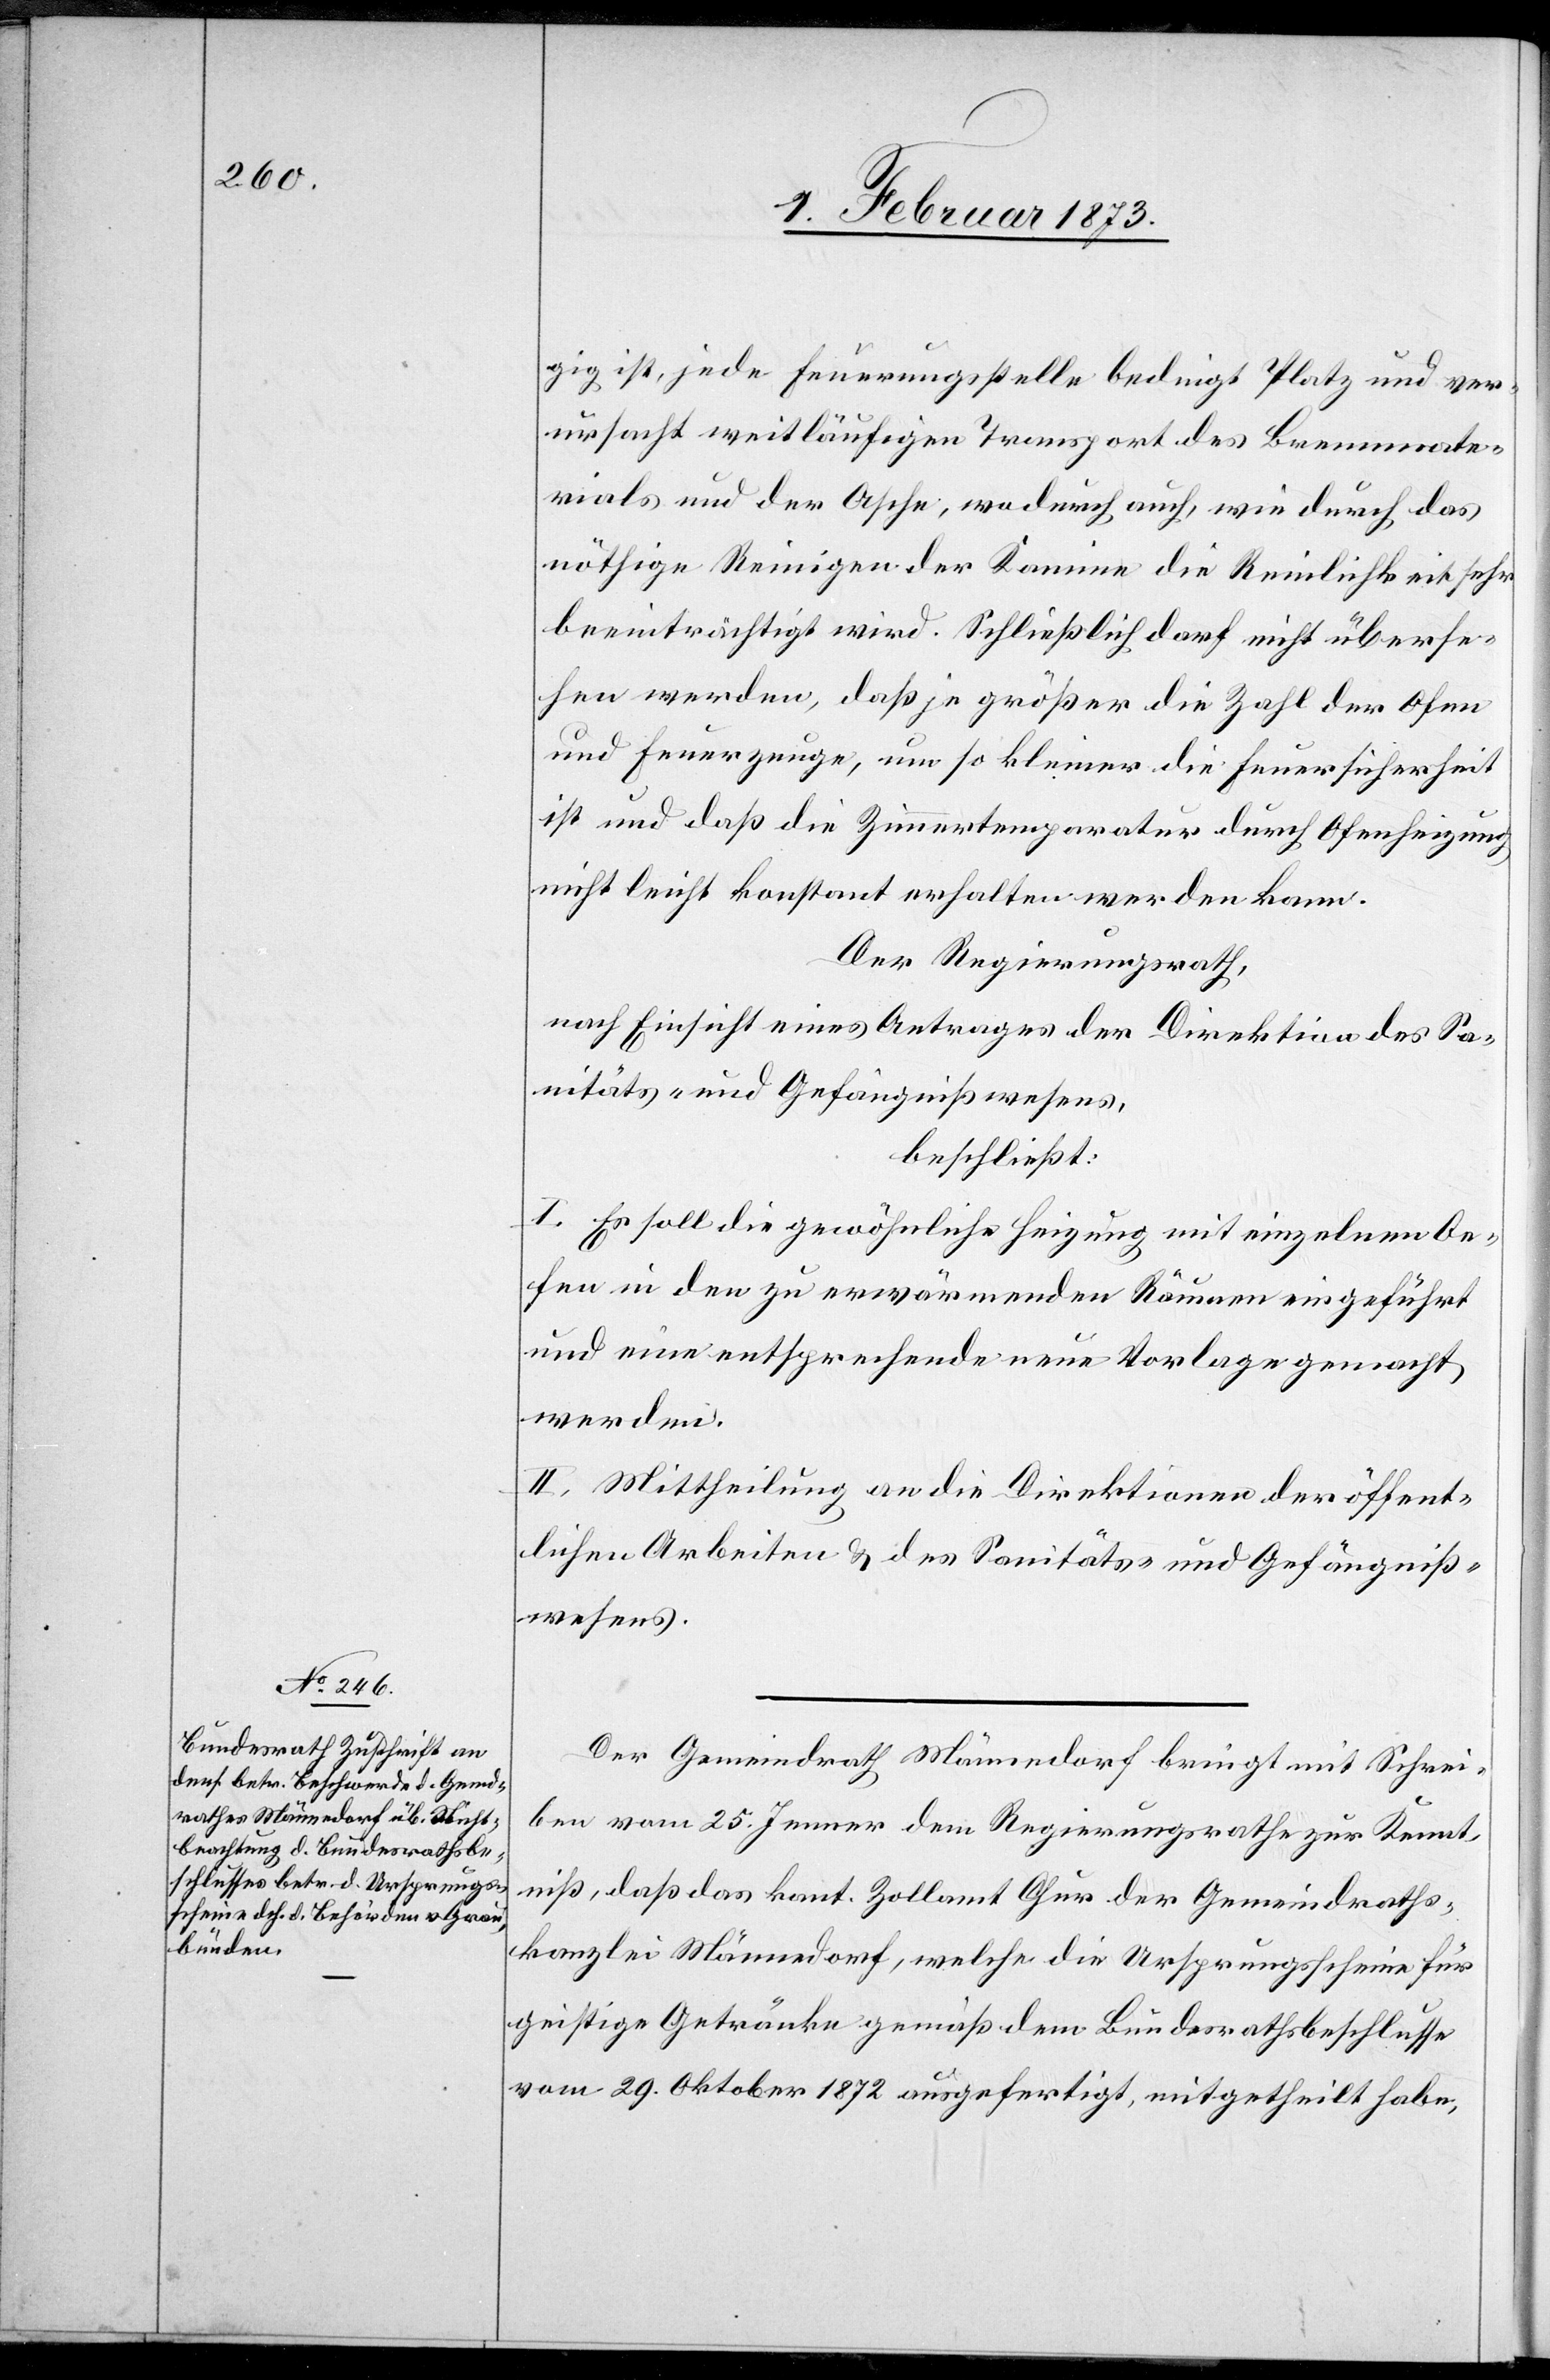
gig ist, jede Feuerungsstelle bedingt Platz und ver¬
ursacht weitläufigen Transport des Brennmate¬
rials und der Asche, wodurch auch, wie durch das
nöthige Reinigen der Kamine die Reinlichkeit sehr
beeinträchtigt wird. Schließlich darf nicht überse¬
hen werden, daß je größer die Zahl der Ofen
und Feuerzeuge, um so kleiner die Feuersicherheit
ist und daß die Zimmertemperatur durch Ofenheizung
nicht leicht konstant erhalten werden kann.
Der Regierungsrath,
nach Einsicht eines Antrages der Direktion des Sa¬
nitäts- und Gefängnißwesens,
beschließt:
I. Es soll die gewöhnliche Heizung mit einzelnen O¬
fen in den zu erwärmenden Räumen eingeführt
und eine entsprechende neue Vorlage gemacht
werden.
II. Mittheilung an die Direktionen der öffent¬
lichen Arbeiten u. des Sanitäts- und Gefängniß¬
wesens.
Der Gemeindrath Männedorf bringt mit Schrei¬
ben vom 25. Jenner dem Regierungsrathe zur Kennt¬
niß, daß das kant. Zollamt Chur der Gemeindraths¬
kanzlei Männedorf, welche die Ursprungsscheine für
geistige Getränke gemäß dem Bundesrathsbeschlusse
vom 29. Oktober 1872 ausgefertigt, mitgetheilt habe,